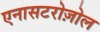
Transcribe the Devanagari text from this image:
एनासटरोज़ोल